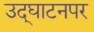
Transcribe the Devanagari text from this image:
उद्‌घाटनपर